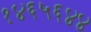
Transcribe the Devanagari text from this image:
१४६५६४४